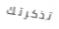
تذكرتك